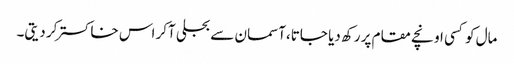
مال کو کسی اونچے مقام پر رکھ دیا جاتا،آسمان سے بجلی آکر اس خاکستر کر دیتی۔